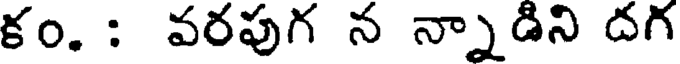
కం. : వరపుగ న న్నాడిని దగ